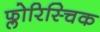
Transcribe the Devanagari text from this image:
फ्लोरिस्चिक